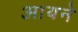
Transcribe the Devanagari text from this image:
आयने